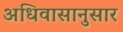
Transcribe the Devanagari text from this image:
अधिवासानुसार